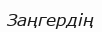
Заңгердің